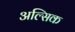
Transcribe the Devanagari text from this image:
अल्सिक